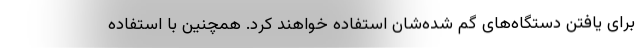
برای یافتن دستگاه‌های گم شده‌شان استفاده خواهند کرد. همچنین با استفاده